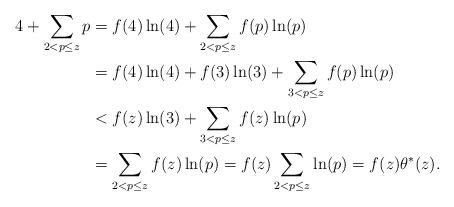
LaTeX: \begin{align*}4 +\sum_{2< p\leq z} p &=f(4) \ln(4) +\sum_{2<p\leq z} f(p) \ln(p)\\&=f(4) \ln(4) + f(3) \ln(3) +\sum_{3<p\leq z} f(p) \ln(p)\\&< f(z) \ln(3) +\sum_{3<p\leq z} f(z) \ln(p)\\&=\sum_{2<p\leq z} f(z) \ln(p)= f(z)\sum_{2<p\leq z} \ln(p)= f(z)\theta^*(z).\end{align*}